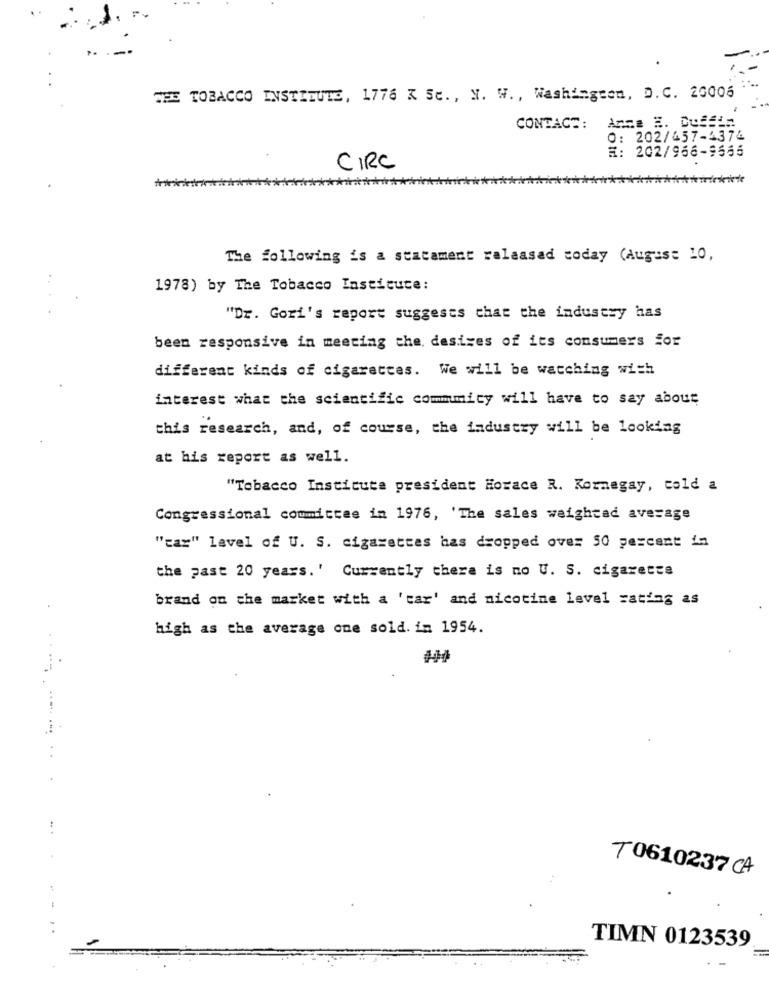
THE TOBACCO INSTITUTE, 1776 X Sc ., N. W ., Washington, D.C. 26006
Anne E. Duffin
CONTACT:
0: 202/457-4374
H: 202/966-9566
CIRC
**
The following is a statement released today (August 10,
1978) by The Tobacco Insticute:
"Dr. Gori's report suggests that the industry has
been responsive in meeting the, desizes of its consumers for
different kinds of cigarettes. We will be watching with
interest what the scientific commmmicy will have to say about
this research, and, of course, the industry will be looking
at his report as well.
"Tobacco Institute president Horace R. Kornegay, cold a
Congressional committee in 1976, 'The sales weighted average
"car" level of U. S. cigarettes has dropped over 50 percent in
the past 20 years.' Currently there is no U. S. cigarette
brand on the market with a 'car' and nicotine Level rating as
high as the average one sold. im 1954.
T0610237 CA
TIMN 0123539